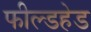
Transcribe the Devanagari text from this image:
फील्डहेड